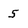
Character: S